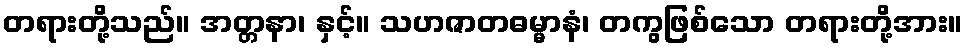
တရားတို့သည်။ အတ္တနာ၊ နှင့်။ သဟဇာတဓမ္မာနံ၊ တကွဖြစ်သော တရားတို့အား။